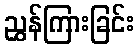
ညွှန်ကြားခြင်း